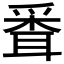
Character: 𦖗